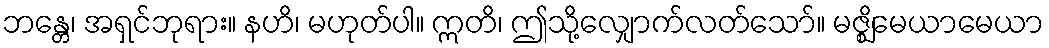
ဘန္တေ၊ အရှင်ဘုရား။ နဟိ၊ မဟုတ်ပါ။ ဣတိ၊ ဤသို့လျှောက်လတ်သော်။ မဇ္ဈိမေယာမေယာ